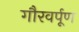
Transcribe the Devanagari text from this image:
गौरवर्पूण